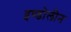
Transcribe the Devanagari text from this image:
इण्डोलीन